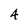
Character: 4